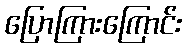
ပြောကြားကြောင်း